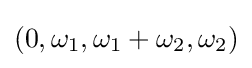
(0,\omega _{1},\omega _{1}+\omega _{2},\omega _{2})